Senior Leaving Certificate Examination (including Day School Certificate (Higher) General paper), 1949
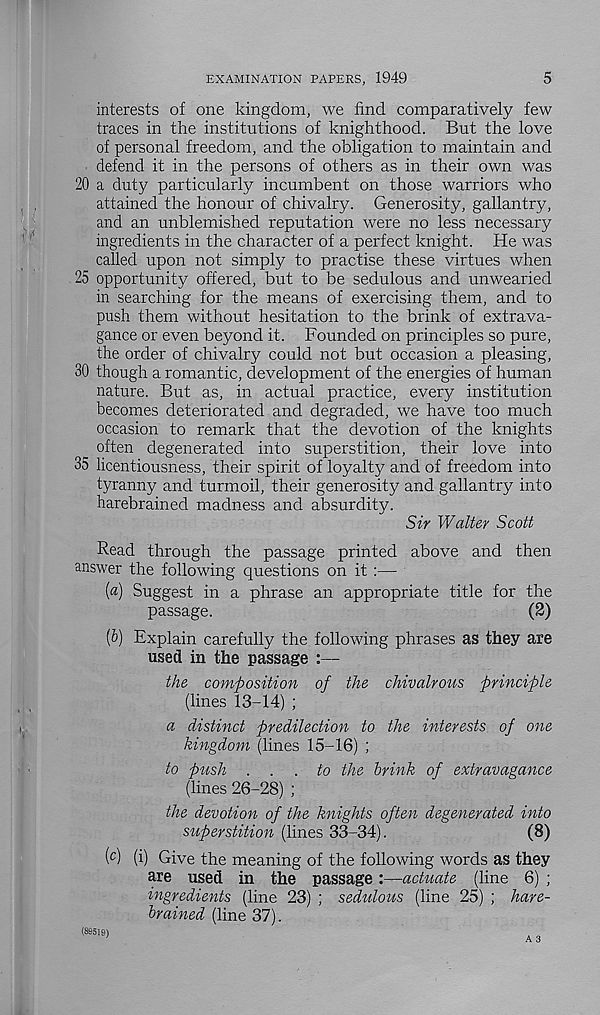
EXAMINATION PAPERS, 1949
5
interests of one kingdom, we find comparatively few
traces in the institutions of knighthood. But the love
of personal freedom, and the obligation to maintain and
defend it in the persons of others as in their own was
20 a duty particularly incumbent on those warriors who
attained the honour of chivalry. Generosity, gallantry,
and an unblemished reputation were no less necessary
ingredients in the character of a perfect knight. He was
called upon not simply to practise these virtues when
25 opportunity offered, but to be sedulous and unwearied
in searching for the means of exercising them, and to
push them without hesitation to the brink of extrava-
gance or even beyond it. Founded on principles so pure,
the order of chivalry could not but occasion a pleasing,
30 though a romantic, development of the energies of human
nature. But as, in actual practice, every institution
becomes deteriorated and degraded, we have too much
occasion to remark that the devotion of the knights
often degenerated into superstition, their love into
35 licentiousness, their spirit of loyalty and of freedom into
tyranny and turmoil, their generosity and gallantry into
harebrained madness and absurdity.
Sir Walter Scott
Read through the passage printed above and then
answer the following questions on it :—
(«) Suggest in a phrase an appropriate title for the
passage.
(2)
[b] Explain carefully the following phrases as they are
used in the passage :—
the composition of the chivalrous principle
(lines 13-14) ;
a distinct predilection to the interests of one
kingdom (lines 15-16) ;
to push ... to the brink of extravagance
(lines 26-28) ;
the devotion of the knights often degenerated into
superstition (lines 33-34).
(8)
( c ) (i) Give the meaning of the following words as they
axe used in the passage:—actuate (line 6) ;
ingredients (line 23) ; sedulous (line 25) ; hare-
brained (line 37).
A 3
(89519)